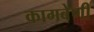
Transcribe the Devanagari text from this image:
कागबेणी